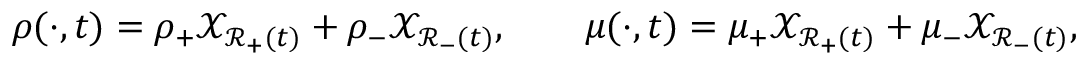
\rho ( \cdot , t ) = \rho _ { + } \mathscr { X } _ { \mathscr { R } _ { + } ( t ) } + \rho _ { - } \mathscr { X } _ { \mathscr { R } _ { - } ( t ) } , \qquad \mu ( \cdot , t ) = \mu _ { + } \mathscr { X } _ { \mathscr { R } _ { + } ( t ) } + \mu _ { - } \mathscr { X } _ { \mathscr { R } _ { - } ( t ) } ,